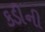
કડીની